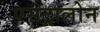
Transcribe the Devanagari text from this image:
एसट्रालोन